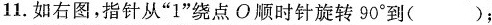
11.如右图，指针从”1”绕点O顺时针旋转90^{\circ}到( )；